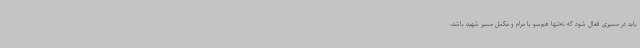
باید در مسیری فعال شود که نه‌تنها هم‌سو با مرام و مکمل مسیر شهید باشد،